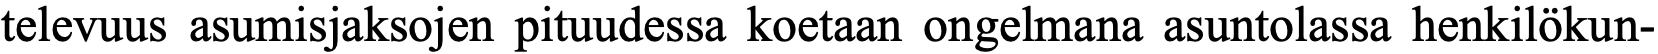
televuus asumisjaksojen pituudessa koetaan ongelmana asuntolassa henkilökun-